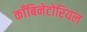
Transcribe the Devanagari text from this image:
काँबिनेटोरियल